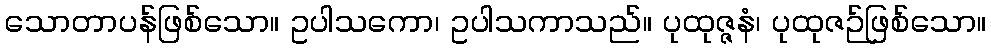
သောတာပန်ဖြစ်သော။ ဥပါသကော၊ ဥပါသကာသည်။ ပုထုဇ္ဇနံ၊ ပုထုဇဉ်ဖြစ်သော။